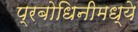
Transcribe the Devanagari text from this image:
प्रबोधिनीमध्ये